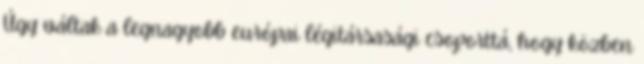
Úgy váltak a legnagyobb európai légitársasági csoporttá, hogy közben